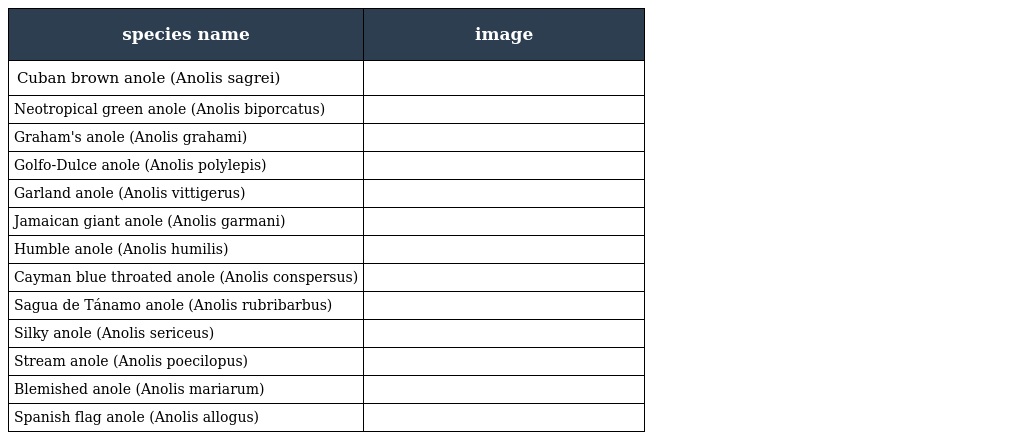
| species name | image |
 | --- | --- |
 | Cuban brown anole (Anolis sagrei) |  |
 | Neotropical green anole (Anolis biporcatus) |  |
 | Graham's anole (Anolis grahami) |  |
 | Golfo-Dulce anole (Anolis polylepis) |  |
 | Garland anole (Anolis vittigerus) |  |
 | Jamaican giant anole (Anolis garmani) |  |
 | Humble anole (Anolis humilis) |  |
 | Cayman blue throated anole (Anolis conspersus) |  |
 | Sagua de Tánamo anole (Anolis rubribarbus) |  |
 | Silky anole (Anolis sericeus) |  |
 | Stream anole (Anolis poecilopus) |  |
 | Blemished anole (Anolis mariarum) |  |
 | Spanish flag anole (Anolis allogus) |  |